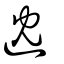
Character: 𨑻